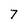
Character: 7